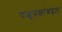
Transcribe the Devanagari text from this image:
पशुपक्षांबद्दल